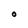
Character: O